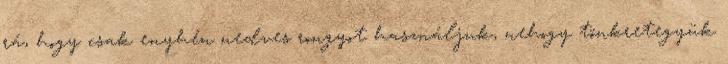
rá, hogy csak enyhén nedves rongyot használjuk, nehogy tönkretegyük